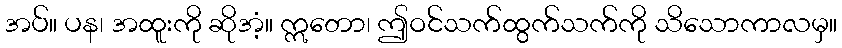
အပ်။ ပန၊ အထူးကို ဆိုအံ့။ ဣတော၊ ဤဝင်သက်ထွက်သက်ကို သိသောကာလမှ။